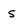
Character: s